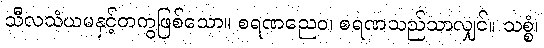
သီလသံယမနှင့်တကွဖြစ်သော။ စရဏညေဝ၊ စရဏသည်သာလျှင်။ သစ္စံ၊